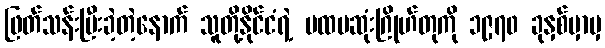
ဖြတ်သန်းပြီးခဲ့တဲ့နောက် သူတို့နိုင်ငံရဲ့ ပထမဆုံးဂြိုဟ်တုကို ၁၉၇၀ ခုနှစ်မှာမှ